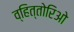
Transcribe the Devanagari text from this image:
व्हित्तोरिओ